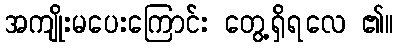
အကျိုးမပေးကြောင်း တွေ့ရှိရလေ ၏။